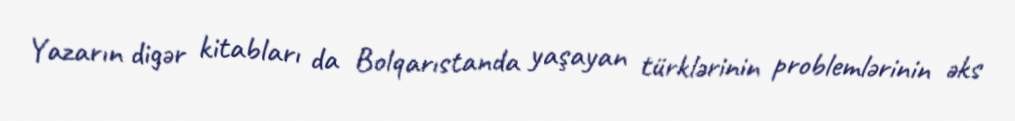
Yazarın digər kitabları da Bolqarıstanda yaşayan türklərinin problemlərinin əks